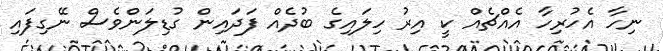
ނިހާ އެހުރިހާ އެއްޗެއް ކީ އިރު ހިލައިގެ ބުދެއް ފަދައިން ގުޑިލަންވެސް ނޭގިފައި